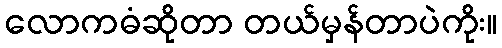
လောကဓံဆိုတာ တယ်မှန်တာပဲကိုး။